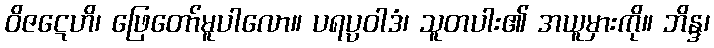
ဝိဇဋေဟိ၊ ဖြေတော်မူပါလော။ ပရပ္ပဝါဒံ၊ သူတပါး၏ အယူမှားကို။ ဘိန္ဒ၊